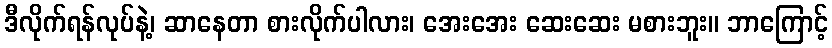
ဒီလိုက်ရန်လုပ်နဲ့၊ ဆာနေတာ စားလိုက်ပါလား၊ အေးအေး ဆေးဆေး မစားဘူး။ ဘာကြောင့်